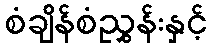
စံချိန်စံညွှန်းနှင့်